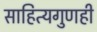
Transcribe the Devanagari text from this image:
साहित्यगुणही